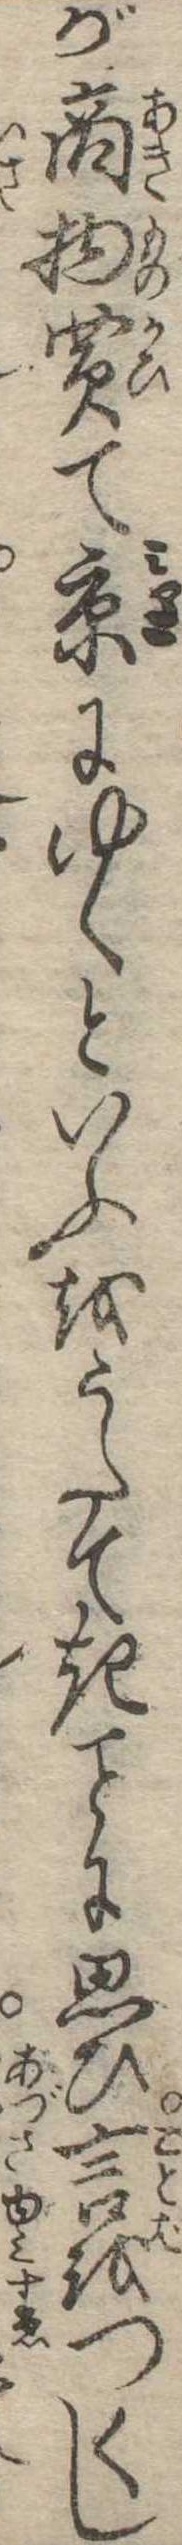
が商物買て京にゆくといふをうたてきに思ひ言をつくし